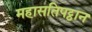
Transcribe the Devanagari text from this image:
महासतिपट्ठान